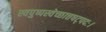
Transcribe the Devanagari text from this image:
स्वपुष्पस्वेच्छात्तषट्पदः।